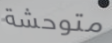
متوحشة